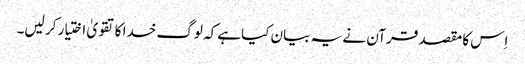
اِس کا مقصد قرآن نے یہ بیان کیاہے کہ لوگ خدا کا تقویٰ اختیار کر لیں۔